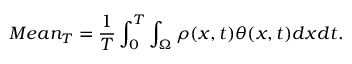
M e a n _ { T } = \frac { 1 } { T } \int _ { 0 } ^ { T } \int _ { \Omega } \rho ( x , t ) \theta ( x , t ) d x d t .